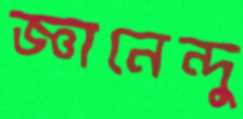
জ্ঞানেন্দু